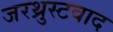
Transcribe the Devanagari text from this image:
जरथ्रुस्टवाद